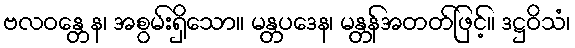
ဗလဝန္တေန၊ အစွမ်းရှိသော။ မန္တပဒေန၊ မန္တန်အတတ်ဖြင့်။ ဒဋ္ဌဝိသံ၊